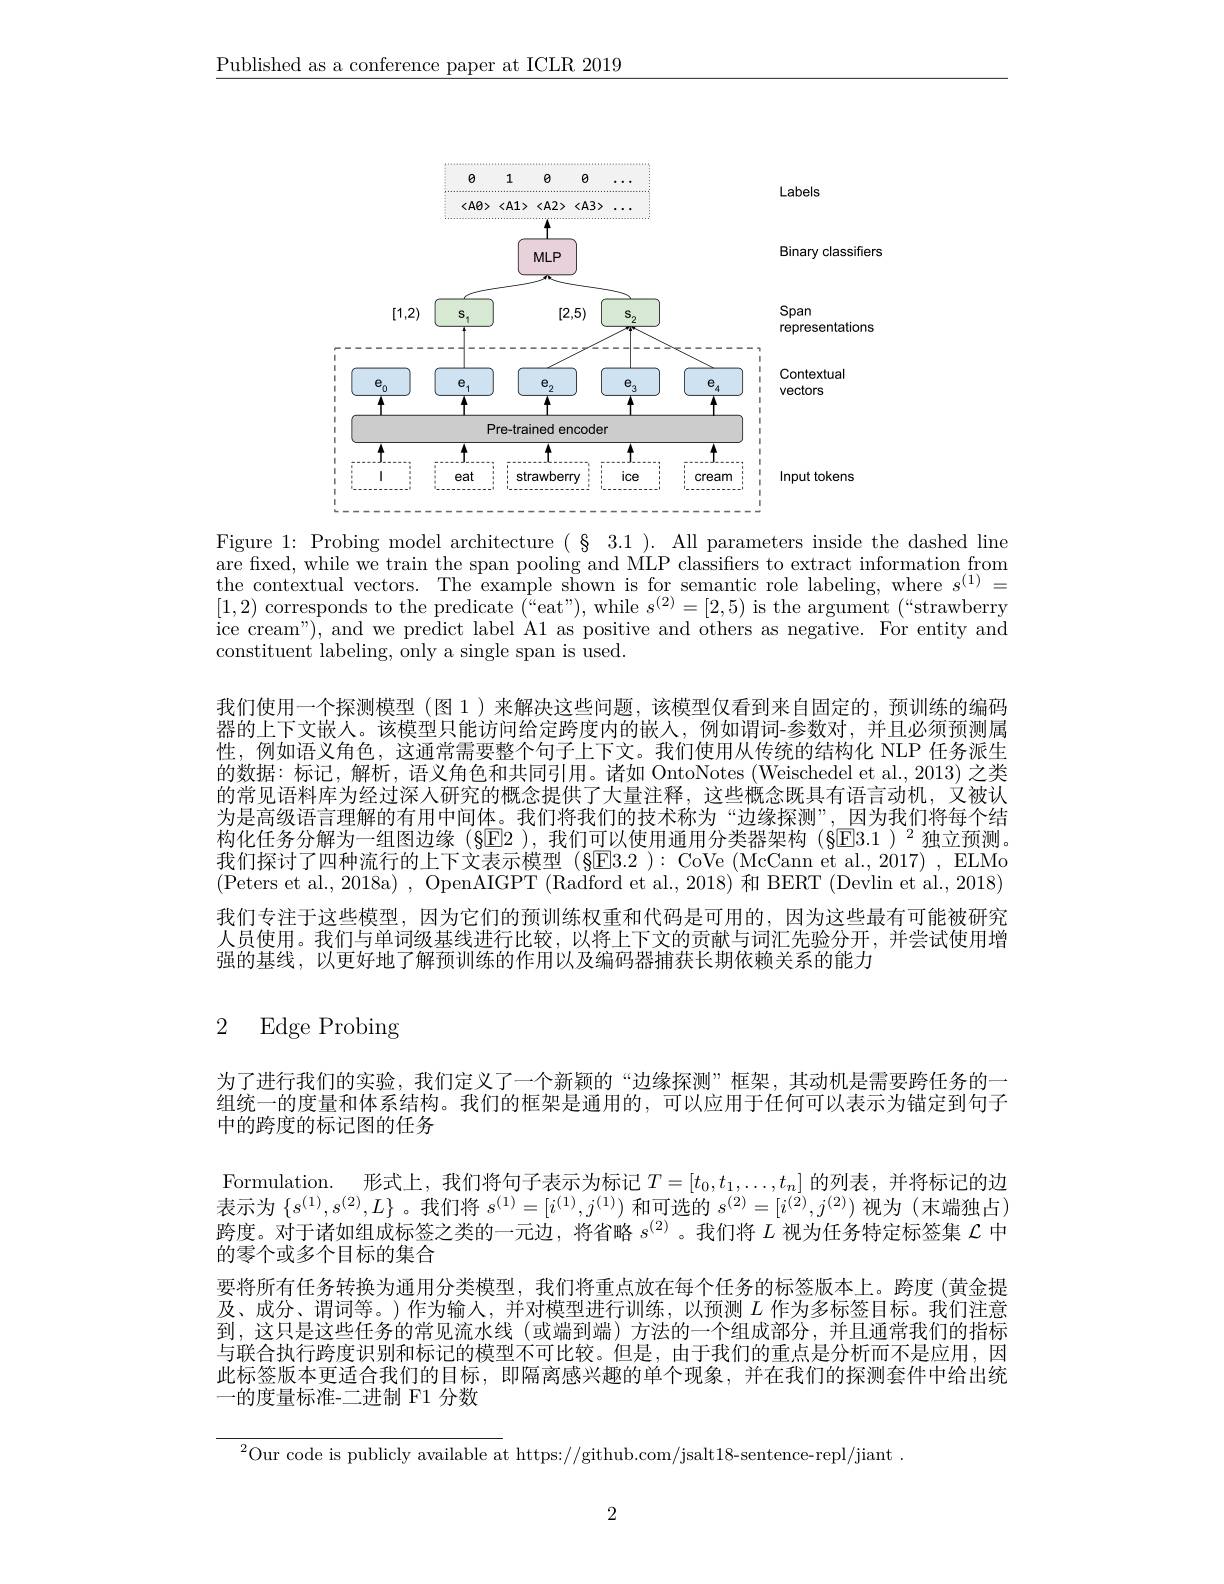
$\underline{\text{Published as a conference paper at ICLR 2019}}$

<FigureHere>

Figure 1: Probing model architecture $(\S3.1).$ All parameters inside the dashed line are fixed, while we train the span pooling and MLP classifiers to extract information from the contextual vectors. The example shown is for semantic role labeling, where $s^{(1)}=$ [1,2) corresponds to the predicate $(^{\text{“}}$eat"),while $s^(2)=[2,5)$ is the argument $(^{\mathrm{“}}$strawberry ice cream"), and we predict label A1 as positive and others as negative. For entity and constituent labeling, only a single span is used.
我们使用一个探测模型 (图 1 ) 来解决这些问题，该模型仅看到来自固定的，预训练的编码器的上下文嵌人。该模型只能访问给定跨度内的嵌入，例如谓词-参数对，并且必须预测属性，例如语义角色，这通常需要整个句子上下文。我们使用从传统的结构化 NLP 任务派生的数据：标记，解析，语义角色和共同引用。诸如 OntoNotes (Weischedel et al., 2013) 之类的常见语料库为经过深人研究的概念提供了大量注释，这些概念既具有语言动机，文被认为是高级语言理解的有用中间体。我们将我们的技术称为“边缘探测”,因为我们将每个结构化任务分解为一组图边缘(§E2 ),我们可以使用通用分类器架构(§E3.1 )$^2$独立预测。我们探讨了四种流行的上下文表示模型 (§E3.2 ): CoVe (McCann et al., 2017) , ELMo (Peters et al., 2018a) , OpenAIGPT (Radford et al., 2018) 和 BERT (Devlin et al., 2018) 我们专注于这些模型，因为它们的预训练权重和代码是可用的，因为这些最有可能被研究人员使用。我们与单词级基线进行比较，以将上下文的贡献与词汇先验分开，并尝试使用增强的基线，以更好地了解预训练的作用以及编码器捕获长期依赖关系的能力

# 2 Edge Probing

为了进行我们的实验，我们定义了一个新颖的“边缘探测”框架，其动机是需要跨任务的一组统一的度量和体系结构。我们的框架是通用的，可以应用于任何可以表示为锚定到句子中的跨度的标记图的任务
Formulation. 形式上，我们将句子表示为标记$T=[t_0,t_1,\ldots,t_n]$的列表，并将标记的边表示为$\{s^(1),s^{(2)},L\}$ 。我们将$s^(1)=[i^{(1)},j^{(1)})$和可选的$s^(2)=[i^{(2)},j^{(2)})$视为 (末端独占) 跨度。对于诸如组成标签之类的一元边，将省略$s^{(2)}$ 。我们将$L$视为任务特定标签集$\mathcal{L}$中的零个或多个目标的集合
要将所有任务转换为通用分类模型，我们将重点放在每个任务的标签版本上。跨度 (黄金提及、成分、谓词等。)作为输入，并对模型进行训练，以预测$L$作为多标签目标。我们注意到，这只是这些任务的常见流水线(或端到端)方法的一个组成部分，并且通常我们的指标与联合执行跨度识别和标记的模型不可比较。但是，由于我们的重点是分析而不是应用，因此标签版本更适合我们的目标，即隔离感兴趣的单个现象，并在我们的探测套件中给出统一的度量标准-二进制 F1 分数

$^{2}$Our code is publicly available at https://github.com/jsalt18-sentence-repl/jiant

2